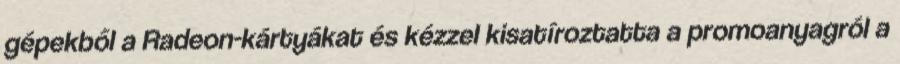
gépekből a Radeon-kártyákat és kézzel kisatíroztatta a promoanyagról a